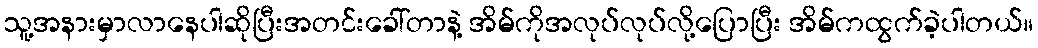
သူ့အနားမှာလာနေပါဆိုပြီးအတင်းခေါ်တာနဲ့ အိမ်ကိုအလုပ်လုပ်လို့ပြောပြီး အိမ်ကထွက်ခဲ့ပါတယ်။